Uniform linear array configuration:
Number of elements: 32
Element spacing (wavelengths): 0.25
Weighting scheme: exponential
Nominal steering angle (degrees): -60
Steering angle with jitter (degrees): -59.938
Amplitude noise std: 0.05
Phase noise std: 0.05

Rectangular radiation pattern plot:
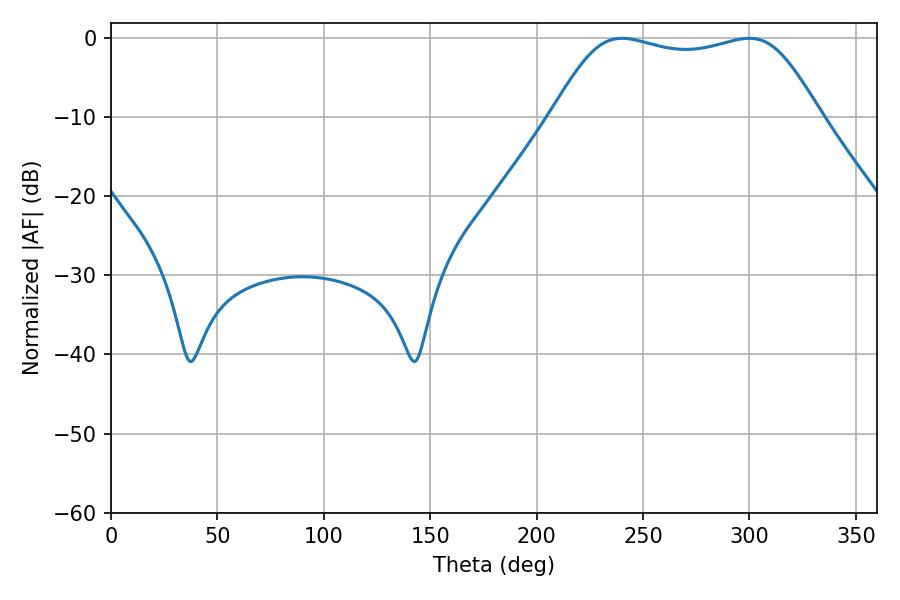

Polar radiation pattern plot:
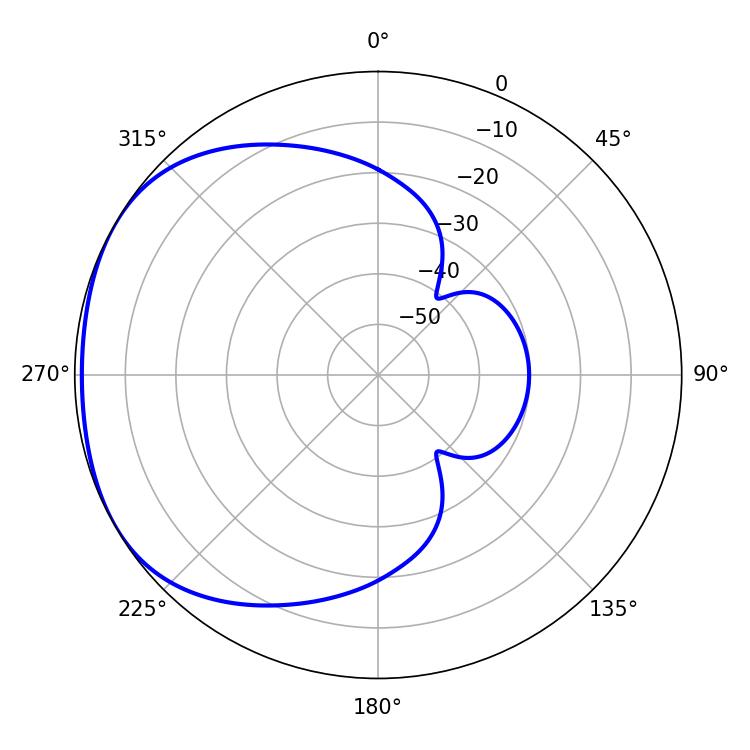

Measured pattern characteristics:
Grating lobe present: FALSE
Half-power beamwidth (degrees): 96.48
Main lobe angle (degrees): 240.12